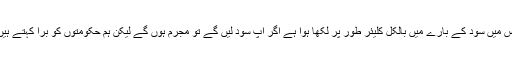
اس میں سود کے بارے میں بالکل کلیئر طور پر لکھا ہوا ہے اگر آپ سود لیں گے تو مجرم ہوں گے لیکن ہم حکومتوں کو برا کہتے ہیں۔